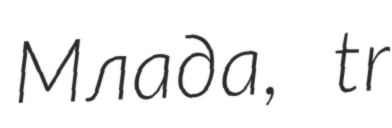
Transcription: Млада, tr